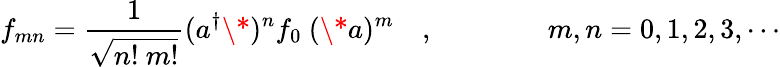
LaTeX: f_{mn}=\frac{1}{\sqrt{n!~m!}}(a^{\dagger}\* )^{n}f_{0}\ (\* a)^{m}\quad,\qquad\qquad m,n=0,1,2,3,\cdots